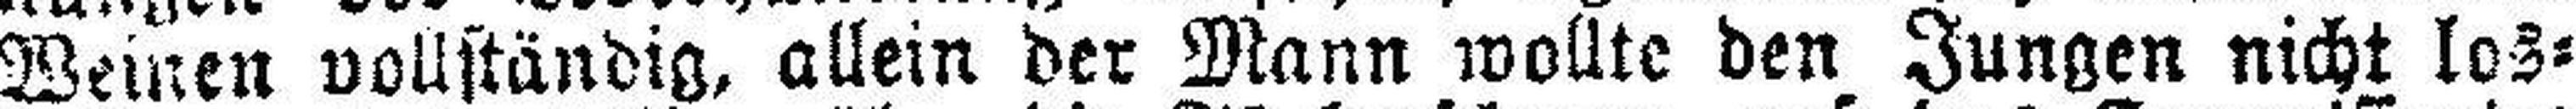
Weinen vollständig, allein der Mann wollte den Jungen nicht los¬